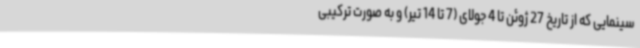
سینمایی که از تاریخ 27 ژوئن تا 4 جولای (7 تا 14 تیر) و به صورت ترکیبی